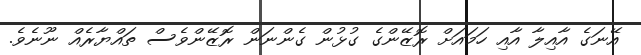
އޭނަގެ އާއިލާ އާއި ހަމައަށް ރޮޒޭންގެ ގުޅުން ގެންނަން ރޮޒޭންވެސް ތައްޔާރެއް ނޫނެވެ.